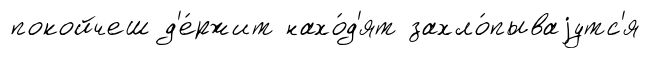
покойчеш д'е́ржит нахо́д'ят захло́пываjутс'я